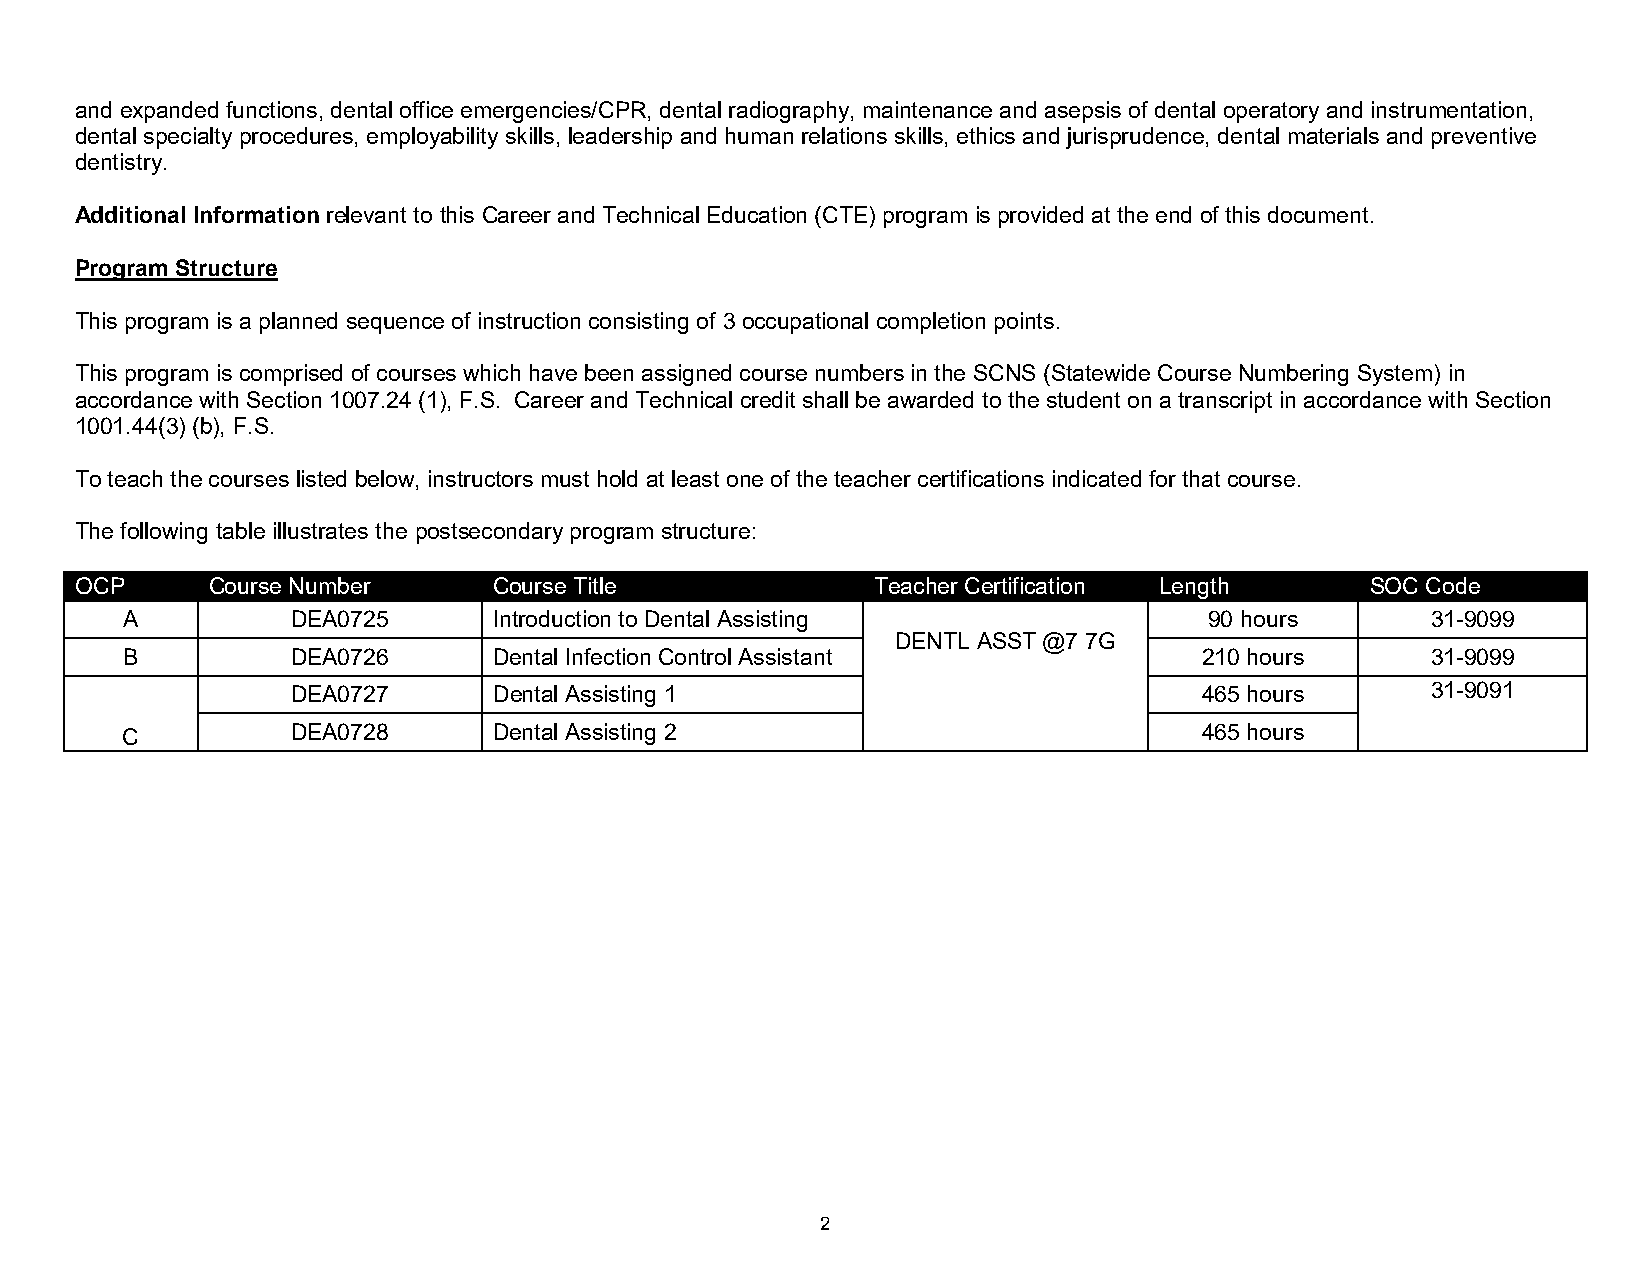
and expanded functions, dental office emergencies/CPR, dental radiography, maintenance and asepsis of dental operatory and instrumentation,
 dental specialty procedures, employability skills, leadership and human relations skills, ethics and jurisprudence, dental materials and preventive
 dentistry.
 Additional Information relevant to this Career and Technical Education (CTE) program is provided at the end of this document.
 Program Structure
 This program is a planned sequence of instruction consisting of 3 occupational completion points.
 This program is comprised of courses which have been assigned course numbers in the SCNS (Statewide Course Numbering System) in
 accordance with Section 1007.24 (1), F.S. Career and Technical credit shall be awarded to the student on a transcript in accordance with Section
 1001.44(3) (b), F.S.
 To teach the courses listed below, instructors must hold at least one of the teacher certifications indicated for that course.
 The following table illustrates the postsecondary program structure:
 OCP      Course Number      Course Title             Teacher Certification Length     SOC Code
 A          DEA0725       Introduction to Dental Assisting               90 hours       31-9099
 DENTL ASST @7 7G
 B          DEA0726       Dental Infection Control Assistant             210 hours      31-9099
 DEA0727       Dental Assisting 1                             465 hours      31-9091
 C          DEA0728       Dental Assisting 2                             465 hours
 2